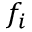
f _ { i }